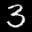
Label: 3